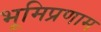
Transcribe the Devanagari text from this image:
भूमिप्रणाम